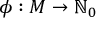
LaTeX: \phi : M \to \mathbb { N } _ { 0 }